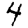
Digit: 4